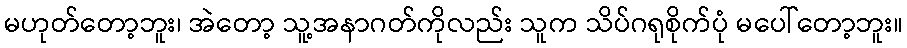
မဟုတ်တော့ဘူး၊ အဲတော့ သူ့အနာဂတ်ကိုလည်း သူက သိပ်ဂရုစိုက်ပုံ မပေါ်တော့ဘူး။